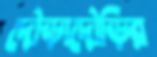
দৌড়াদৌড়ির